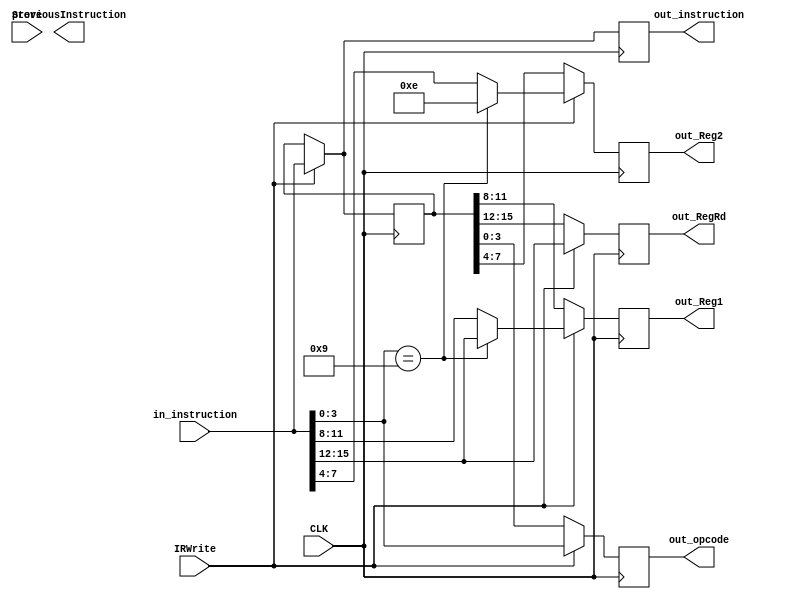
/*
Design: Instruction Register
File Name: InstructionRegister.v
Function: Stores values based on clock edge
Author: Spencer Halsey
*/

module InstructionRegister(

	input CLK , // Clock
	input IRWrite, //Write Instruction
	input Store,
	input[15:0] in_instruction  , // Input Instruction
	output reg [15:0] out_instruction,
	output reg [15:0] previousInstruction,
	output reg [3:0] out_opcode , // OPcode
	output reg [3:0] out_Reg1, out_Reg2, out_RegRd
);

reg[15:0] temp;

always @(posedge CLK) begin

if (IRWrite == 1) begin
        temp <= in_instruction;
		  out_opcode <= in_instruction[3:0];
		  out_RegRd <= in_instruction[15:12];
		  
		  if(in_instruction[3:0] == 4'b1001)begin
		  out_Reg1 <= in_instruction[15:12];
		  out_Reg2 <= 4'b1110;
		  end
		  else begin
		  out_Reg1 <= in_instruction[11:8];
		  out_Reg2 <= in_instruction[7:4];
		  end
		  
		  out_instruction <= in_instruction;
    end
	 else begin
	 out_opcode <= temp[3:0];
	 out_RegRd <= temp[15:12];
	 out_Reg1 <= temp[11:8];
	 out_Reg2 <= temp[7:4];
	 out_instruction <= temp;
	 end
	 
	 
end
endmodule